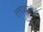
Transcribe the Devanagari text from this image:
तत्त्वप्रणालीची